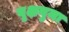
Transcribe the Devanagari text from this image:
वृक्षनुमा